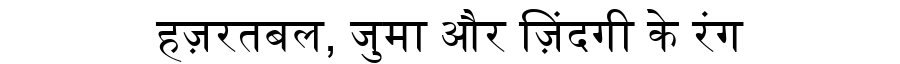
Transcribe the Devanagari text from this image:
हज़रतबल, जुमा और ज़िंदगी के रंग